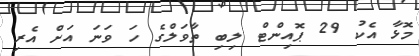
މޮޅާ އެކު 29 ޕޮއިންޓް ލިބި ތާވަލްގެ ހަ ވަނަ އަށް އެރި